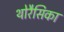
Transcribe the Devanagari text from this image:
थोरैसिका